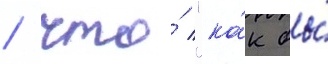
/ что́ "ка́к бы́